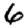
Digit: 6